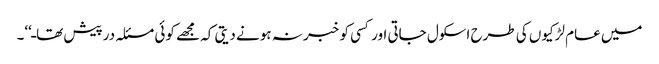
میں عام لڑکیوں کی طرح اسکول جاتی اور کسی کو خبر نہ ہونے دیتی کہ مجھے کوئی مسئلہ درپیش تھاـ‘‘۔